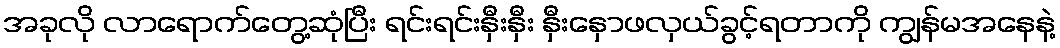
အခုလို လာရောက်တွေ့ဆုံပြီး ရင်းရင်းနှီးနှီး နှီးနှောဖလှယ်ခွင့်ရတာကို ကျွန်မအနေနဲ့